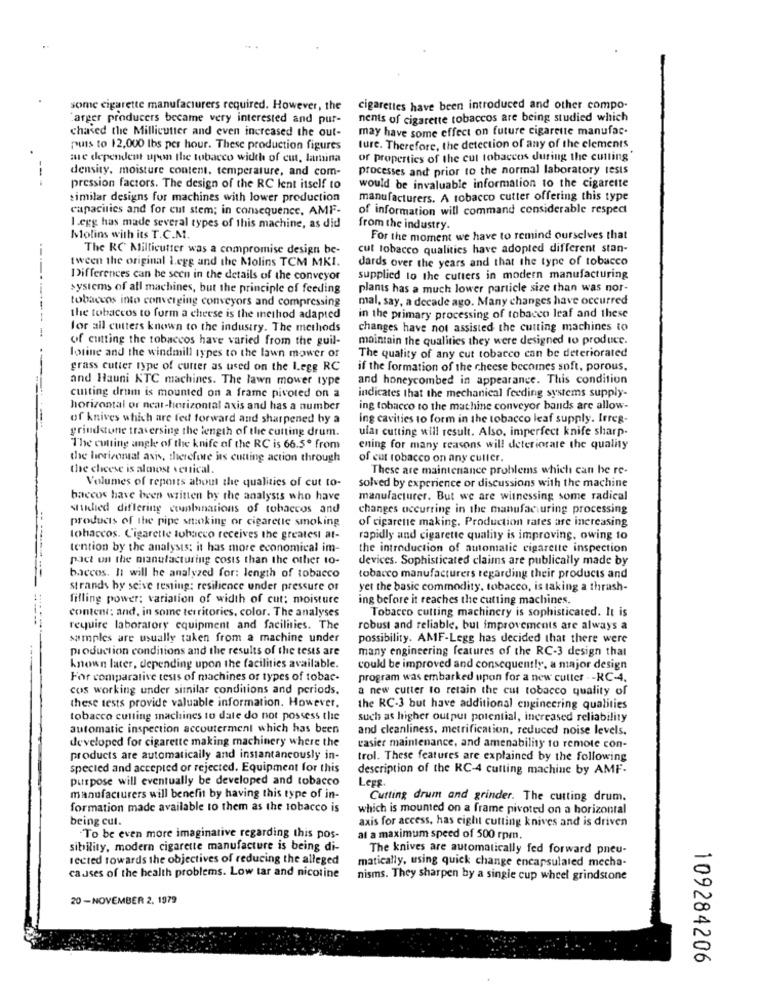
some cigarette manufacturers required. However, the
cigarettes have been introduced and other compo-
"arger producers became very interested and pur-
nents of cigarette tobaccos are being studied which
chased the Millicutter and even increased the out-
may have some effect on future cigarette manufac.
puis to 12,000 lbs per hour. These production figures
ture. Therefore, the detection of any of the elements
are dependent upon the tobacco width of cut, lamina
or properties of the cut tobaccos during the cutting'
density, moisture content, temperature, and com-
processes and prior to the normal laboratory tests
---
pression factors. The design of the RC lent itself to
would be invaluable information to the cigarette
similar designs for machines with lower production
manufacturers. A tobacco cutter offering this type
capacities and for cut stem; in consequence, AMF-
of information will command considerable respect
I.egg has made several types of this machine, as did
from the industry.
Molins with its T.C.M.
For the moment we have to remind ourselves that
The RC Millicutter was a compromise design be-
cut tobacco qualities have adopted different stan-
tween the original l.egg and the Molins TCM MKI.
dards over the years and that the type of tobacco
Differences can be seen in the details of the conveyor
supplied to the cutters in modern manufacturing
------
systems of all machines, but the principle of feeding
plants has a much lower particle size than was nor-
tobaccos into converging conveyors and compressing
mal, say, a decade ago. Many changes have occurred
the tobaccos to form a cheese is the inethod adapted
in the primary processing of tobacco leaf and these
for all cutters known to the industry. The methods
changes have not assisted the cutting machines to
of cutting the tobaccos have varied from the guil-
maintain the qualities they were designed to produce.
lotine and the windmill types to the lawn mower of
The quality of any cut tobacco can be deteriorated
grass cutter type of cutter as used on the I.egg RC
if the formation of the cheese becomes soft, porous.
and Hauni KTC machines. The lawn mower type
and honeycombed in appearance. This condition
cutting drum is mounted on a frame pivoted on a
indicates that the mechanical feeding systems supply-
horizontal or neat-horizontal axis and has a number
ing tobacco to the machine conveyor bands are allow-
of knives which are fed forward and sharpened by a
ing cavities to form in the tobacco leaf supply. Irreg-
grindstone traversing the length of the cutting drum.
ular cutting will result. Also, imperfect knife sharp-
The cutting angle of the knife of the RC is 66.5º from
ening for many reasons will deteriorate the quality
the horizontal axis, therefore ins cutting action through
of cut tobacco on any culler.
the cheese is almost vertical.
These are maintenance problems which can be re-
Volumes of reports about the qualities of cut to-
solved by experience or discussions with the machine
baccos have been written by the analysts who have
manufacturer. But we are witnessing some radical
stklied differing conlanations of tobaccos and
changes occurring in the manufacturing processing
products of the pipe stoking or cigarette smoking
of cigarette making. Production rates are increasing
tobaccos. Cigarette tobacco receives the greatest at-
rapidly and cigarette quality is improving, owing 10
tention by the analysis; it has more economical im-
the introduction of automatic cigarette inspection
pact un the manufacturing costs than the other to-
devices. Sophisticated claims are publically made by
bccos. It will he analyzed for: length of tobacco
tobacco manufacturers regarding their products and
strands by seive testing: resilience under pressure or
yet the basic commodity, tobacco, is taking a thrash-
filling power; variation of width of cut: moisture
ing before it reaches the cutting machines.
Tobacco cutting machinery is sophisticated. It is
content: and, in some territories, color. The analyses
require laboratory equipment and facilities. The
robust and reliable, but improvements are always a
samples are usually taken from a machine under
possibility. AMF-Legg has decided that there were
production conditions and the results of the tests are
many engineering features of the RC-3 design that
known later, depending upon the facilities available.
coukl be improved and consequently, a major design
For comparative tests of machines or types of tobac.
program was embarked upon for a new cutter - - RC-4.
cos working under similar conditions and periods.
a new cutter to retain the cut tobacco quality of
these tests provide valuable information. However,
the RC-3 but have additional engineering qualities
tobacco cutting machines to date do not possess the
such as higher output potential, increased reliability
automatic inspection accoutermeni which has been
and cleanliness. metrification, reduced noise levels.
developed for cigarette making machinery where the
easier maintenance, and amenability to remote con-
products are automatically and instantaneously in-
trol. These features are explained by the following
specied and accepted or rejected. Equipment for this
description of the RC-4 cutting machine by AMF-
purpose will eventually be developed and tobacco
Legg
manufacturers will benefit by having this type of in-
Cutting drum and grinder. The cutting drum.
formation made available to them as the tobacco is
which is mounted on a frame pivoted on a horizontal
being cut.
axis for access, has ciglit cutting knives and is driven
To be even more imaginative regarding this pos-
at a maximum speed of 500 rpm.
sibility, modern cigarette manufacture is being di-
The knives are automatically fed forward pneu-
tected towards the objectives of reducing the alleged
matically, using quick change encapsulated mecha-
causes of the health problems. Low tar and nicotine
nisms. They sharpen by a single cup wheel grindstone
20 -NOVEMBER 2. 1979
109284206